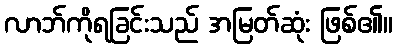
လာဘ်ကိုရခြင်းသည် အမြတ်ဆုံး ဖြစ်၏။